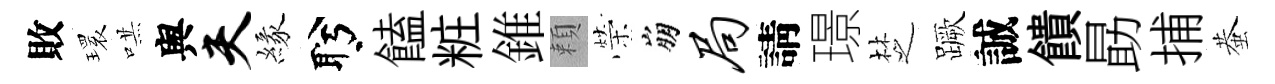
敗𤨔哄舆夫緣盻饁粧錐頼榮崩局請璟椘蹶誠饋勗捕蛬